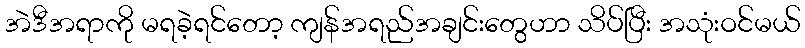
အဲဒီအရာကို မရခဲ့ရင်တော့ ကျန်အရည်အချင်းတွေဟာ သိပ်ပြီး အသုံးဝင်မယ်